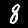
Digit: 8